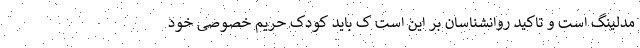
مدلینگ است و تاکید روانشناسان بر این است ک باید کودک حریم خصوصی خود